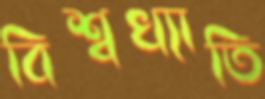
বিশ্বখ্যাতি